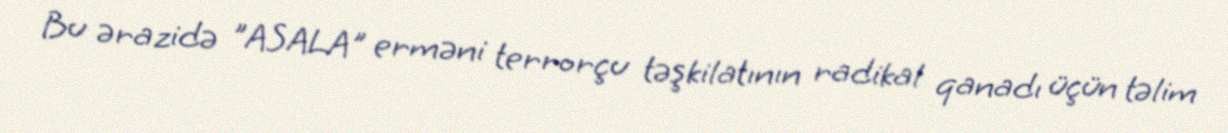
Bu ərazidə "ASALA" erməni terrorçu təşkilatının radikal qanadı üçün təlim